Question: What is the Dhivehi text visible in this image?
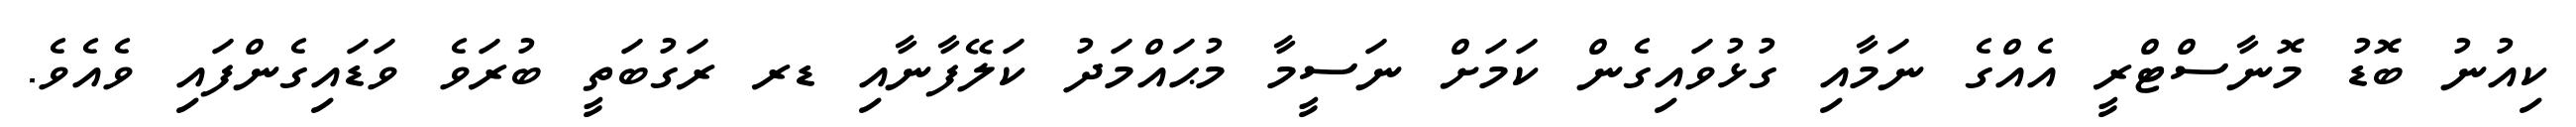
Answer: ކިއުނު ބޮޑު މޮނާސްޓްރީ އެއްގެ ނަމާއި ގުޅުވައިގެން ކަމަށް ނަސީމާ މުޙައްމަދު ކަލޭފާނާއި ޑރ ރަގުބަތީ ބުރަވެ ވަޑައިގެންފައި ވެއެވެ.